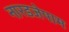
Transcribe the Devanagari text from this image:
नारडजेपाम